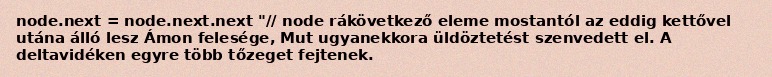
node.next = node.next.next "// node rákövetkező eleme mostantól az eddig kettővel utána álló lesz Ámon felesége, Mut ugyanekkora üldöztetést szenvedett el. A deltavidéken egyre több tőzeget fejtenek.